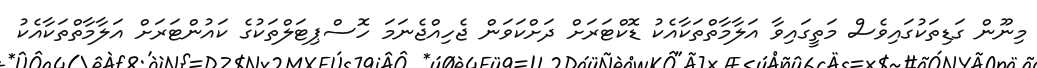
މިނޫން ގަޑިތަކުގައިވެސް މަތީގައިވާ އަލާމާތްތަކާއެކު ޑޮކްޓަރަށް ދަށްކަވަން ޖެހިއްޖެނަމަ ހޮސްޕިޓަލްތަކުގެ ކައުންޓަރަށް އަލާމާތްތަކާއެކު